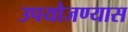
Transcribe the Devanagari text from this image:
उपयोजण्यास